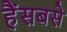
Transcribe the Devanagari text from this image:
हैंसबसे